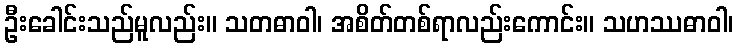
ဦးခေါင်းသည်မူလည်း။ သတဓာဝါ၊ အစိတ်တစ်ရာလည်းကောင်း။ သဟဿဓာဝါ၊